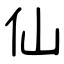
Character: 仙